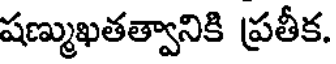
షణ్ముఖతత్వానికి ప్రతీక.